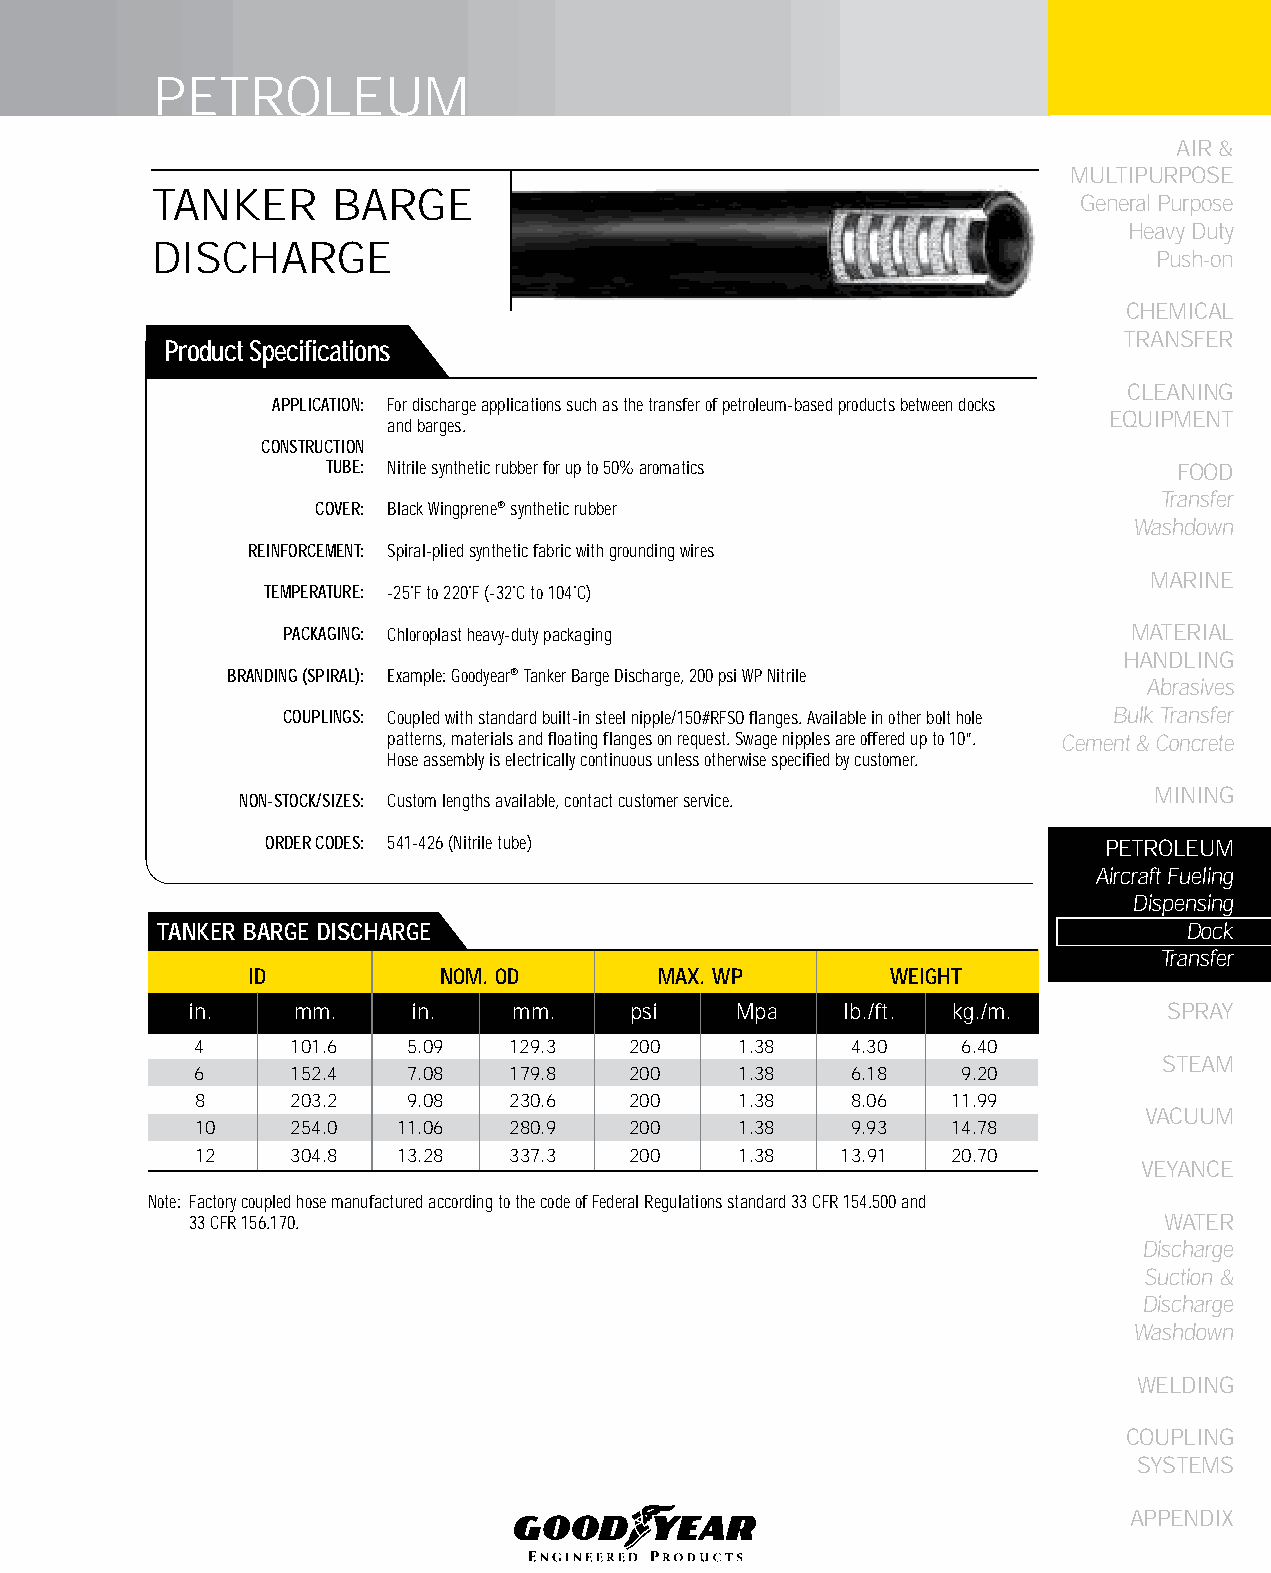
PETROLEUM
 AIR &
 MULTIPURPOSE
 TANKER      BARGE
 General Purpose
 Heavy Duty
 DISCHARGE
 Push-on
 CHEMICAL
 TRANSFER
 Product Specifications
 CLEANING
 APPLICATION: For discharge applications such as the transfer of petroleum-based products between docks
 EqUIPMENT
 and barges.
 CONSTRUCTION
 TUBE: Nitrile synthetic rubber for up to 50% aromatics  FOOD
 Transfer
 COVER: Black Wingprene® synthetic rubber
 Washdown
 REINFORCEMENT: Spiral-plied synthetic fabric with grounding wires
 MARINE
 TEMPERATURE: -25˚F to 220˚F (-32˚C to 104˚C)
 PACKAGING: Chloroplast heavy-duty packaging             MATERIAL
 HANDLING
 BRANDING (SPIRAL): Example: Goodyear® Tanker Barge Discharge, 200 psi WP Nitrile
 Abrasives
 COUPLINGS: Coupled with standard built-in steel nipple/150#RFSO flanges. Available in other bolt hole Bulk Transfer
 patterns, materials and floating flanges on request. Swage nipples are offered up to 10”. Cement & Concrete
 Hose assembly is electrically continuous unless otherwise specified by customer.
 MINING
 NON-STOCK/SIZES: Custom lengths available, contact customer service.
 ORDER CODES: 541-426 (Nitrile tube)                    PETROLEUM
 Aircraft Fueling
 Dispensing
 TANkER bARGE DISCHARGE                                               Dock
 Transfer
 ID           NOM. OD        MAX. WP        WEIGHT
 in.    mm.    in.    mm.     psi    Mpa    lb./ft. kg./m.       SPRAY
 4     101.6   5.09   129.3   200    1.38   4.30    6.40
 STEAM
 6     152.4   7.08   179.8   200    1.38   6.18    9.20
 8     203.2   9.08   230.6   200    1.38   8.06   11.99
 VACUUM
 10    254.0  11.06   280.9   200    1.38   9.93   14.78
 12    304.8  13.28   337.3   200    1.38   13.91  20.70
 VEYANCE
 Note: Factory coupled hose manufactured according to the code of Federal Regulations standard 33 CFR 154.500 and
 33 CFR 156.170.                                                 WATER
 Discharge
 Suction &
 Discharge
 Washdown
 WELDING
 COUPLING
 SYSTEMS
 APPENDIX
 169